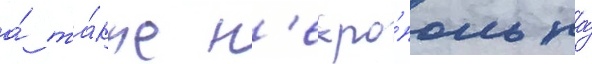
а́ та́кже н'екро́поль на́